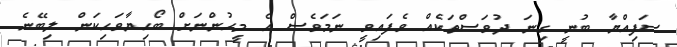
ސަފިއްޔާ ބުނީ ގިނަ ދުވަސްތަކެއް ވެފައިވީ ނަމަވެސް އެ މީހުންނަށް ބޯހިޔާވަހިކަން ލިބޭނެ